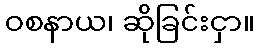
ဝစနာယ၊ ဆိုခြင်းငှာ။